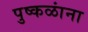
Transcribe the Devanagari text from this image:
पुष्‍कळांना